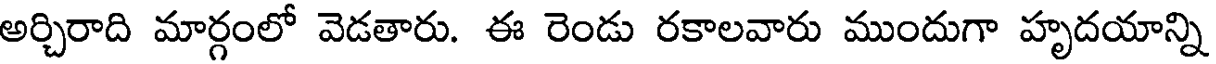
అర్చిరాది మార్గంలో వెడతారు. ఈ రెండు రకాలవారు ముందుగా హృదయాన్ని